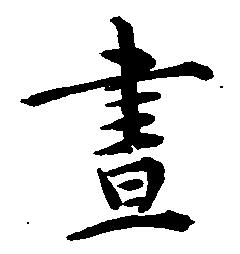
昼